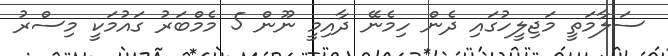
ސަލާމަތީ މަޖިލީހުގައި ދެން ހިމެނޭ ދާއިމީ ނޫން 5 މެމްބަރު ގައުމަކީ މިސްރު